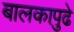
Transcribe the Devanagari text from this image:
बालकापुढे